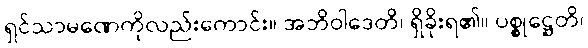
ရှင်သာမဏေကိုလည်းကောင်း။ အဘိဝါဒေတိ၊ ရှိခိုးရ၏။ ပစ္စုဋ္ဌေတိ၊